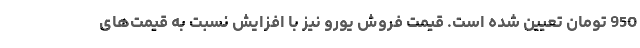
950 تومان تعیین شده است. قیمت فروش یورو نیز با افزایش نسبت به قیمت‌های